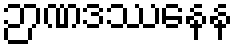
ဉာဏဒဿနေန